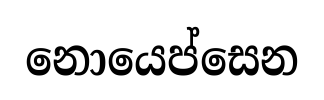
නොයෙප්සෙන